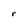
Character: r